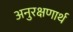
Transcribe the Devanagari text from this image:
अनुरक्षणार्थ